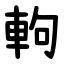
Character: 軥